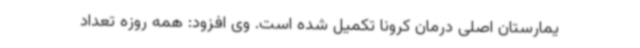
یمارستان اصلی درمان کرونا تکمیل شده است. وی افزود: همه روزه تعداد